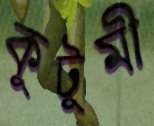
কুটুম্বী